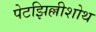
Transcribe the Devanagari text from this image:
पेटझिल्लीशोथ